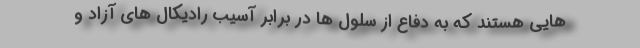
هایی هستند که به دفاع از سلول ها در برابر آسیب رادیکال های آزاد و